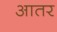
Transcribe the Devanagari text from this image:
आतर